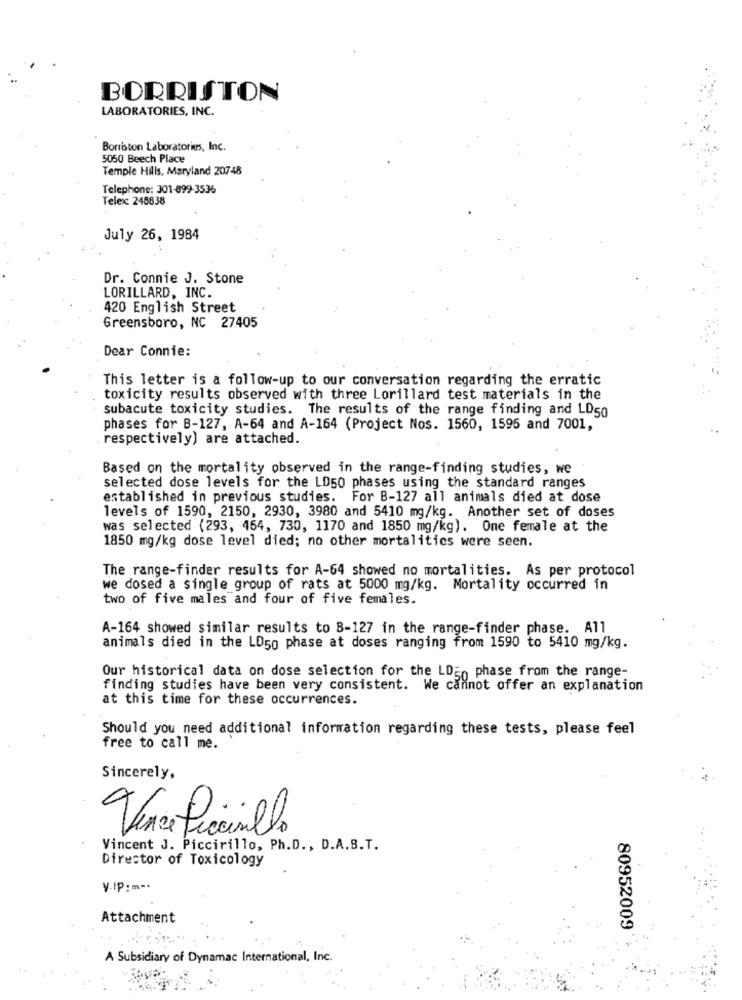
BORRISTON
LABORATORIES, INC.
Bonriston Laboratories, Inc.
5050 Beech Place
Temple Hills, Maryland 20748
Telephone: 301-899-3536
Telex: 248638
July 26, 1984
Dr. Connie J. Stone
LORILLARD, INC.
420 English Street
Greensboro, NC 27405
Dear Connie:
This letter is a follow-up to our conversation regarding the erratic
toxicity results observed with three Lorillard test materials in the
subacute toxicity studies. The results of the range finding and LD50
phases for B-127, A-64 and A-164 (Project Nos. 1560, 1595 and 7001,
respectively) are attached.
Based on the mortality observed in the range-finding studies, we
selected dose levels for the LD50 phases using the standard ranges
established in previous studies. For B-127 all animals died at dose
levels of 1590, 2150, 2930, 3980 and 5410 mg/kg. Another set of doses
was selected (293, 464, 730, 1170 and 1850 mg/kg). One female at the
1850 mg/kg dose level died; no other mortalitics were seen.
The range-finder results for A-64 showed no mortalities. As per protocol
we dosed a single group of rats at 5000 mg/kg. Mortality occurred in
two of five males and four of five females.
A-164 showed similar results to B-127 in the range-finder phase. All
animals died in the LD50 phase at doses ranging from 1590 to 5410 mg/kg.
Our historical data on dose selection for the LDE, phase from the range-
finding studies have been very consistent. We cannot offer an explanation
at this time for these occurrences.
Should you need additional information regarding these tests, please feel
free to call me.
Sincerely,
Vence ficasillo
Vincent J. Piccirillo, Ph.D ., D.A.B.T.
Director of Toxicology
V.IP: = ".
Attachment
80952009
A Subsidiary of Dynamac International, Inc.